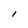
Character: I